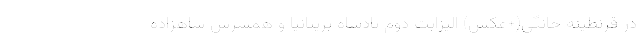
در قرنطینه خانگی(+عکس) الیزابت دوم پادشاه بریتانیا و همسرش شاهزاده